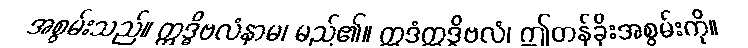
အစွမ်းသည်။ ဣဒ္ဓိဗလံနာမ၊ မည်၏။ ဣဒံဣဒ္ဓိဗလံ၊ ဤတန်ခိုးအစွမ်းကို။